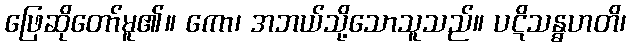
ဖြေဆိုတော်မူ၏။ ကော၊ အဘယ်သို့သောသူသည်။ ပဋိသန္ဓဟတိ၊